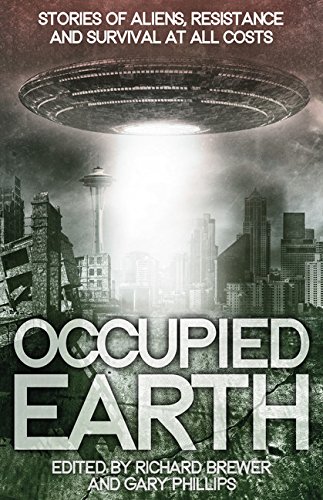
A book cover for Occupied Earth: Stories of Aliens, Resistance and Survival at all Costs; Science Fiction & Fantasy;